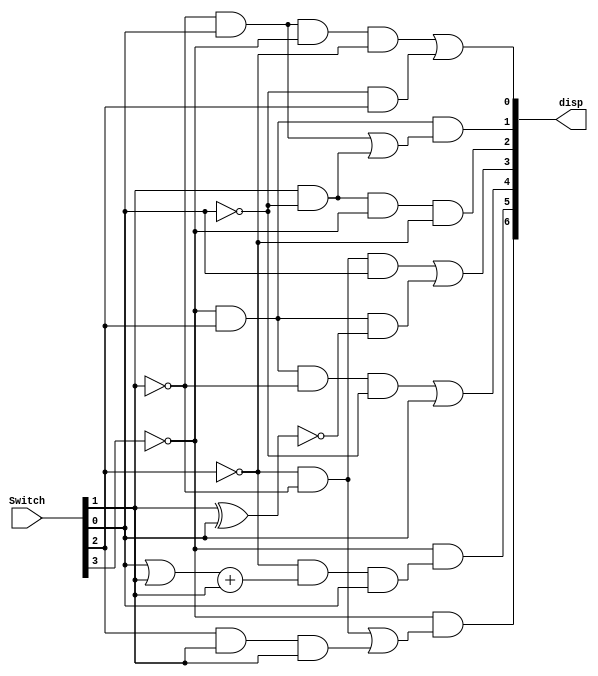
module hexDecoder(disp, Switch);
	input [3:0] Switch;
	output [6:0] disp;
	
	wire [3:0] x;
	wire [6:0] H;
	
	assign x = Switch;
	assign disp = H;
	
	assign H[0] = ((~x[1]) & x[0] & (~x[3]) & (~x[2])) | ((~x[0]) & x[2]);
	assign H[1] = ((~x[3]) & (x[2]))	& ((~x[1]) & x[0] | (x[1] & (~x[0])));
	assign H[2] = (x[1] & (~x[0]) & (~x[3]) & (~x[2]));
	assign H[3] = (~x[2]) &  (~x[1]) & x[0] | (((~x[3]) & x[2]) & (~(x[1] ^ x[0])));
	assign H[4] = ((~x[3]) & x[2] & (~x[1]) & (~x[0])) | x[0];
	assign H[5] = (~x[3]) & ((~x[2]) & (x[0] | x[1]) + x[1] & x[0]);
	assign H[6] = (~x[3]) & (((~x[2]) & (~x[1])) | (x[2] & x[1] & x[1]));
	
endmodule

module Lab4Part1(SW, HEX1, HEX0);

	input [7:0]SW;
	output [6:0]HEX0, HEX1;
	
	wire [3:0] A,B;
	
	assign A = SW[7:4];
	assign B = SW[3:0];
	
	hexDecoder hex0(HEX0,B);
	hexDecoder hex1(HEX1,A);
endmodule